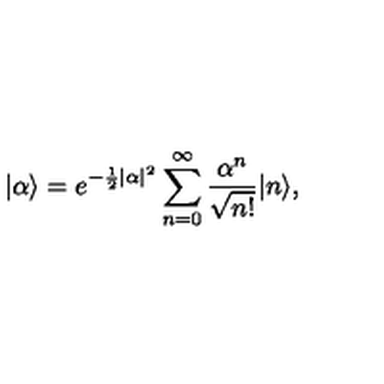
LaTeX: | \alpha \rangle = e ^ { - \frac 1 2 | \alpha | ^ { 2 } } \sum _ { n = 0 } ^ { \infty } \frac { \alpha ^ { n } } { \sqrt { n ! } } | n \rangle ,